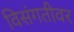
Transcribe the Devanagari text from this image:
विसंगतीवर